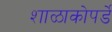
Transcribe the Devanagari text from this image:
शाळाकोपर्डे